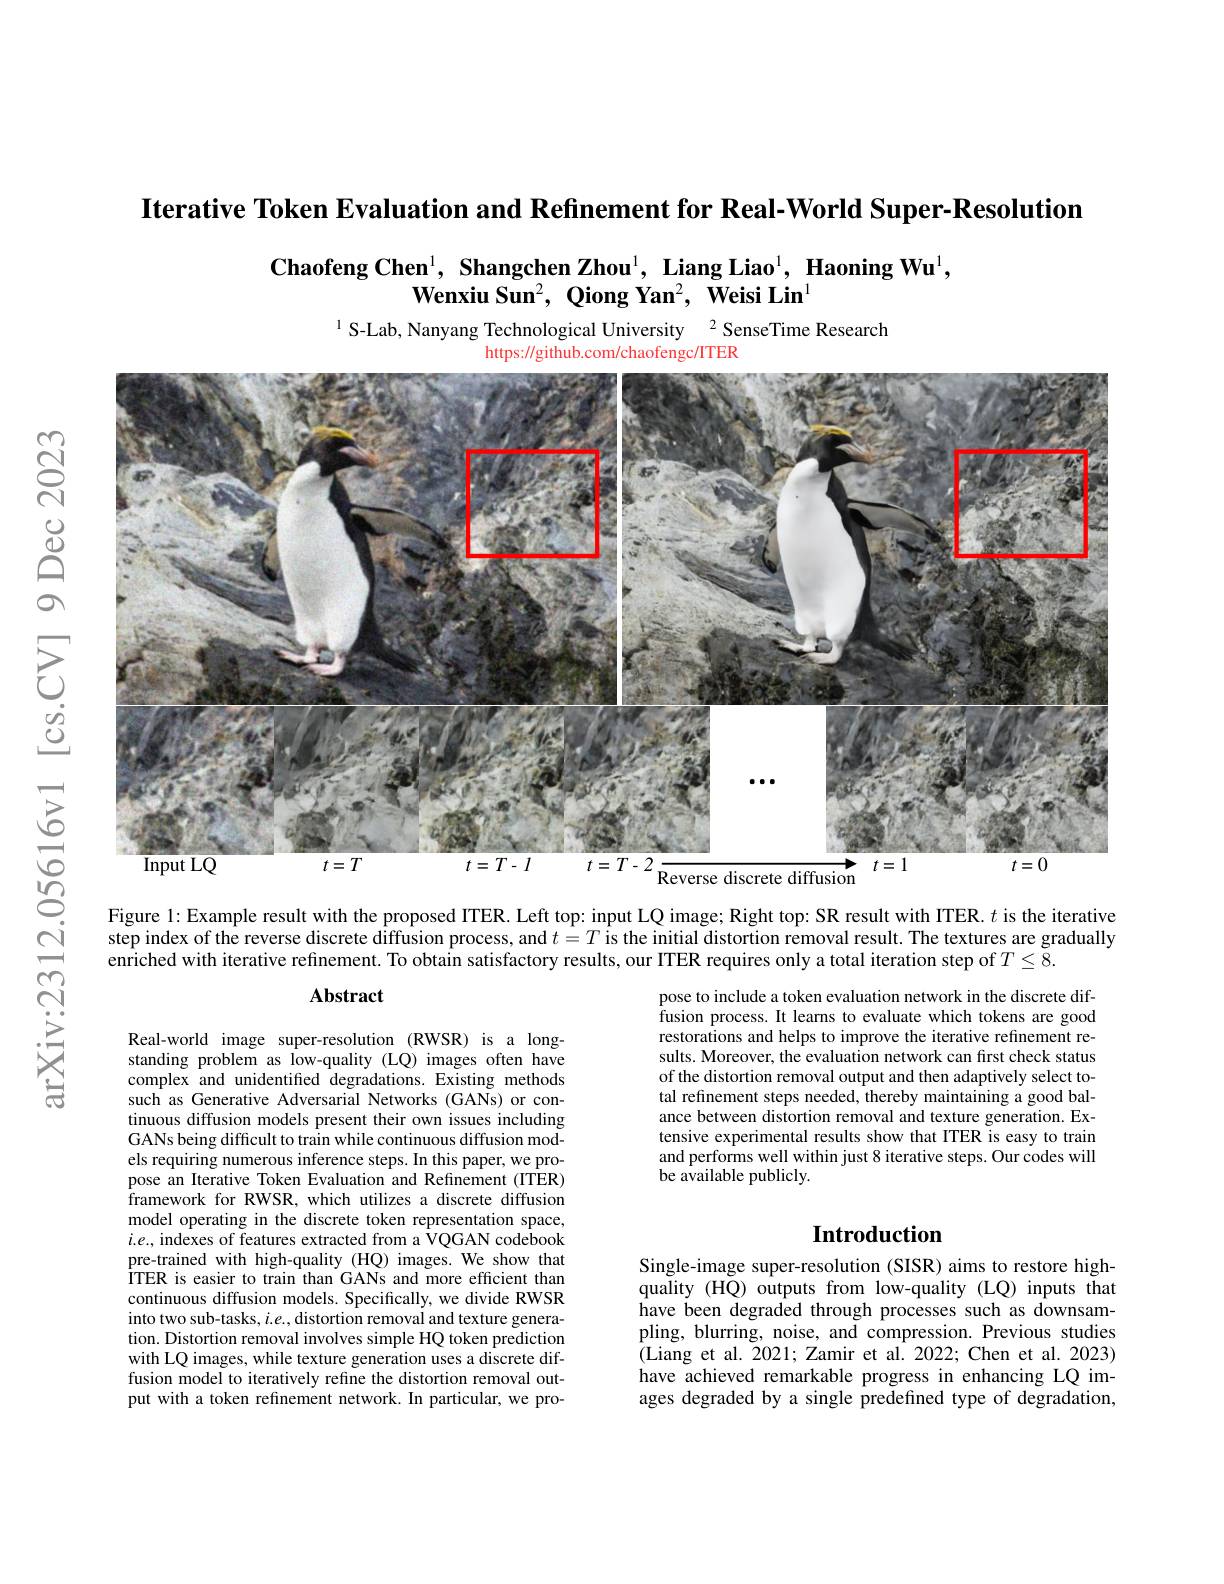
Iterative Token Evaluation and Refinement for Real-World Super-Resolution

$\textbf{Chaofeng Chen}^{1},\textbf{ Shangchen Zhou}^{1},\textbf{ Liang Liao}^{1},\textbf{ Haoning Wu}^{1}$,
$\textbf{Wenxiu Sun}^2,\textbf{ Qiong Yan}^2,\textbf{ Weisi Lin}^1$

1 S-Lab, Nanyang Technological University 2 SenseTime Research
https://github.com/chaofengc/ITER

$ଝୁ$

$ഇ്റ്$

<FigureHere>

$উড়্তি$

$\frac{5}{6}$

Figure 1: Example result with the proposed ITER. Left top: input LQ image; Right top: SR result with ITER. $t$ is the iterative step index of the reverse discrete diffusion process, and $t=T$ is the initial distortion removal result. The textures are gradually enriched with iterative refinement. To obtain satisfactory results, our ITER requires only a total iteration step of $T\leq8.$
arXiv:2312.

### Abstract

pose to include a token evaluation network in the discrete diffusion process. It learns to evaluate which tokens are good restorations and helps to improve the iterative refinement results. Moreover, the evaluation network can first check status of the distortion removal output and then adaptively select total refinement steps needed, thereby maintaining a good balance between distortion removal and texture generation. Extensive experimental results show that ITER is easy to train and performs well within just 8 iterative steps. Our codes will be available publicly.

Real-world image super-resolution (RWSR) is a longstanding problem as low-quality (LQ) images often have complex and unidentified degradations. Existing methods such as Generative Adversarial Networks (GANs) or continuous diffusion models present their own issues including GANs being difficult to train while continuous diffusion models requiring numerous inference steps. In this paper, we propose an Iterative Token Evaluation and Refinement (ITER) framework for RWSR, which utilizes a discrete diffusion model operating in the discrete token representation space, $i.e.$, indexes of features extracted from a VQGAN codebook pre-trained with high-quality (HQ) images. We show that ITER is easier to train than GANs and more efficient than continuous diffusion models. Specifically, we divide RWSR into two sub-tasks, $i.e.$, distortion removal and texture generation. Distortion removal involves simple HQ token prediction with LQ images, while texture generation uses a discrete diffusion model to iteratively refine the distortion removal output with a token refinement network. In particular, we pro-

## Introduction

Single-image super-resolution (SISR) aims to restore highquality (HQ) outputs from low-quality (LQ) inputs that have been degraded through processes such as downsampling, blurring, noise, and compression. Previous studies (Liang et al. 2021; Zamir et al. 2022; Chen et al. 2023) have achieved remarkable progress in enhancing LQ images degraded by a single predefined type of degradation,